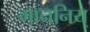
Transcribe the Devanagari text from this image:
माननिय्